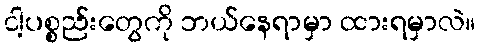
ငါ့ပစ္စည်းတွေကို ဘယ်နေရာမှာ ထားရမှာလဲ။